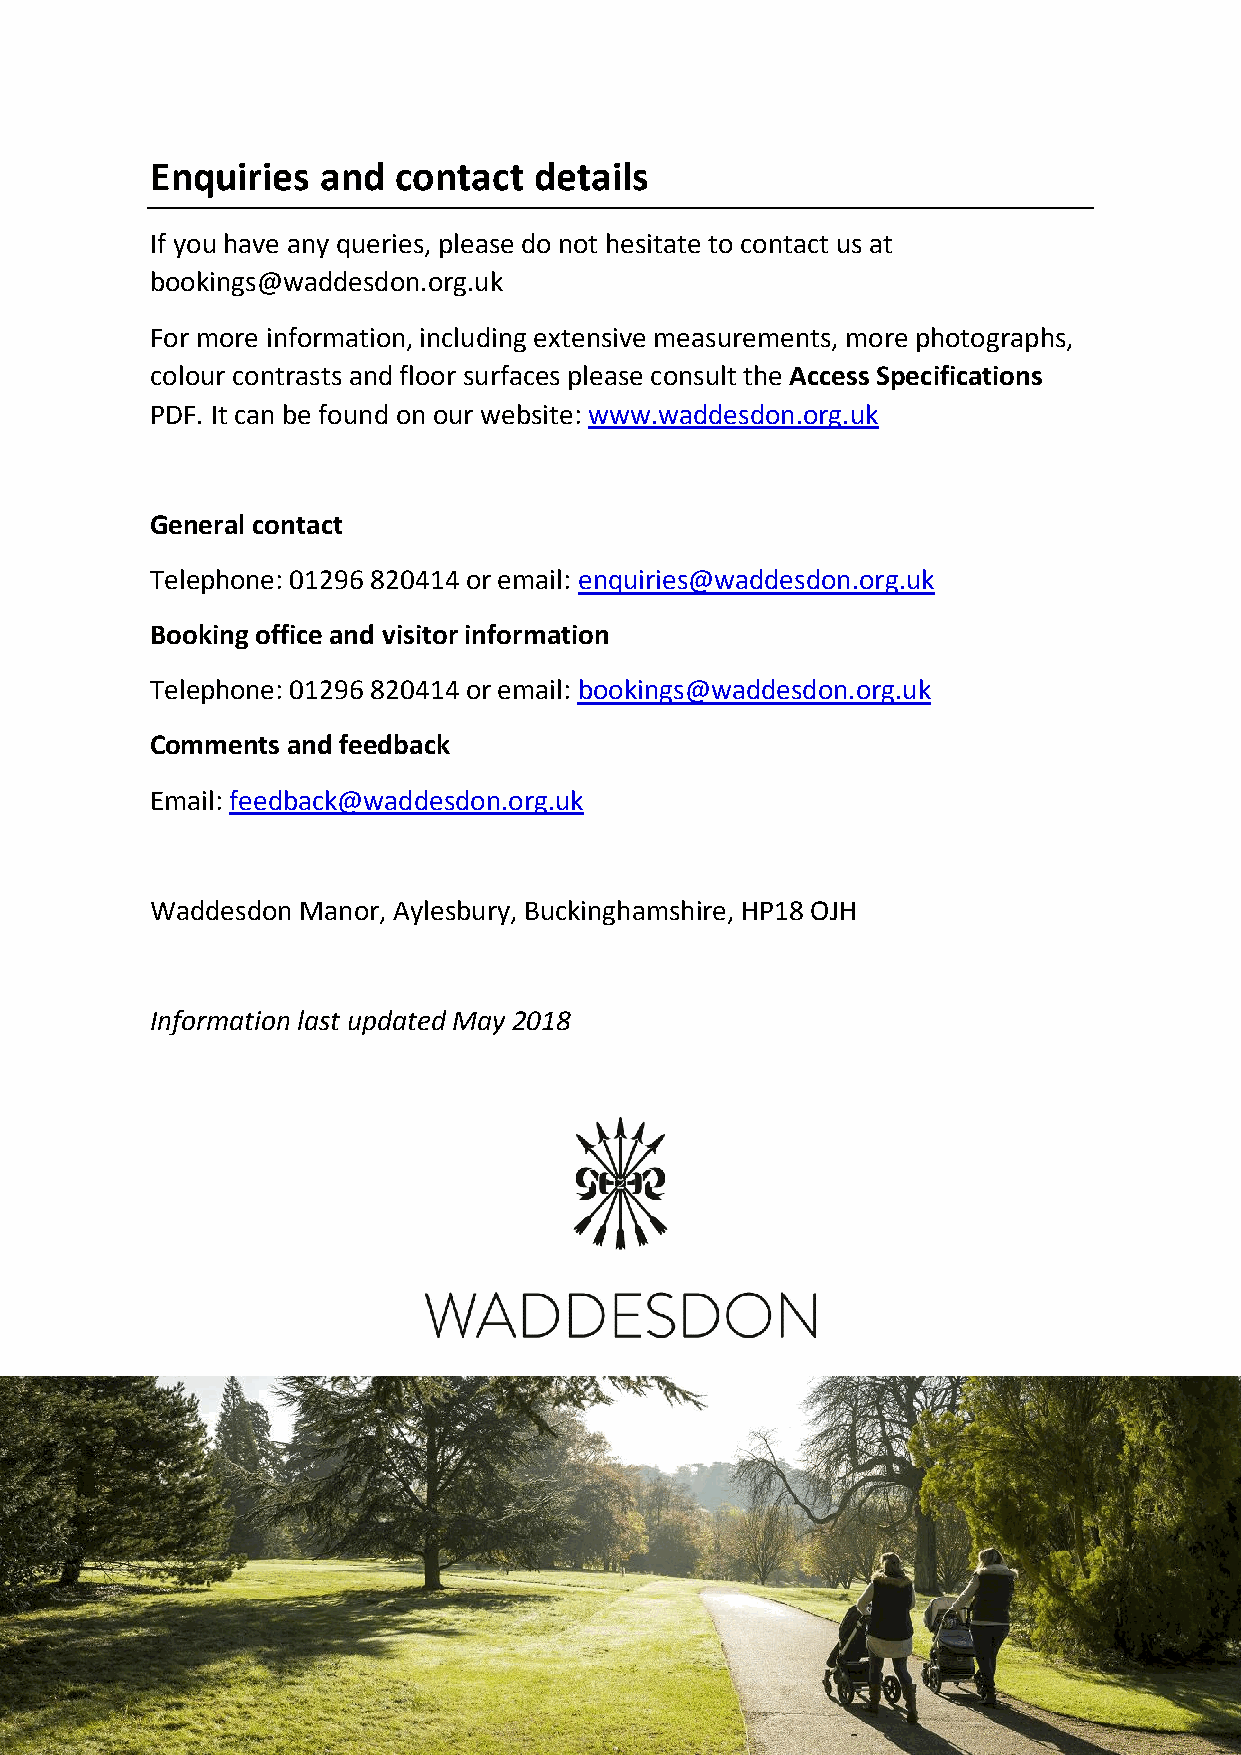
Enquiries  and  contact  details
 If you have any queries, please do not hesitate to contact us at
 bookings@waddesdon.org.uk
 For more information, including extensive measurements, more photographs,
 colour contrasts and floor surfaces please consult the Access Specifications
 PDF. It can be found on our website: www.waddesdon.org.uk
 General contact
 Telephone: 01296 820414 or email: enquiries@waddesdon.org.uk
 Booking office and visitor information
 Telephone: 01296 820414 or email: bookings@waddesdon.org.uk
 Comments and feedback
 Email: feedback@waddesdon.org.uk
 Waddesdon Manor, Aylesbury, Buckinghamshire, HP18 OJH
 Information last updated May 2018
 27